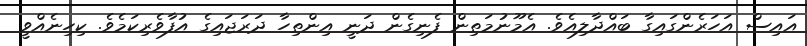
އައިސް އަހަރެންގައިގާ ބައްދާލިއެވެ. އެމޫނުމަތިން ފެނިގެން ދަނީ އިންތިހާ ދަރަޖައިގެ އުފާވެރިކަމެވެ. ކިހިނެއްވީ